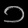
Digit: ၁